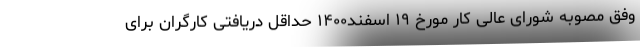
وفق مصوبه شورای عالی کار مورخ ۱۹ اسفند۱۴۰۰ حداقل دریافتی کارگران برای